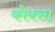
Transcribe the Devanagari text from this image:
कोक्सा